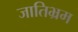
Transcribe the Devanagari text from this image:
जातिभ्रम